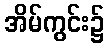
အိမ်ကွင်း၌